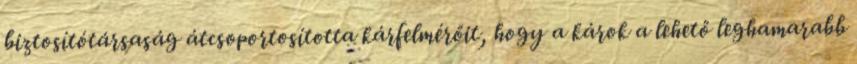
biztosítótársaság átcsoportosította kárfelmérőit, hogy a károk a lehető leghamarabb